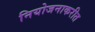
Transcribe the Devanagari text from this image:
नियोजनाकरीत